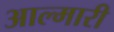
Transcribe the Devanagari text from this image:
आल्मारी